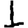
Digit: 1